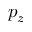
p _ { z }